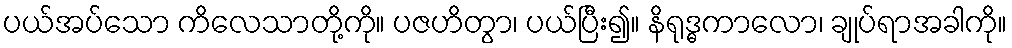
ပယ်အပ်သော ကိလေသာတို့ကို။ ပဇဟိတွာ၊ ပယ်ပြီး၍။ နိရုဒ္ဓကာလော၊ ချုပ်ရာအခါကို။